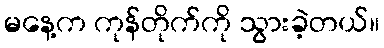
မနေ့က ကုန်တိုက်ကို သွားခဲ့တယ်။